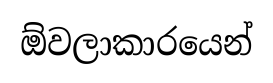
ඕවලාකාරයෙන්